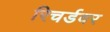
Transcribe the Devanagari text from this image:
रिचर्डवर